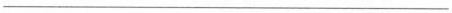
___